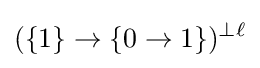
(\{1\}\to \{0\to 1\})^{\perp \ell }